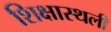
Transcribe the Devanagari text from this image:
शिक्षास्थली